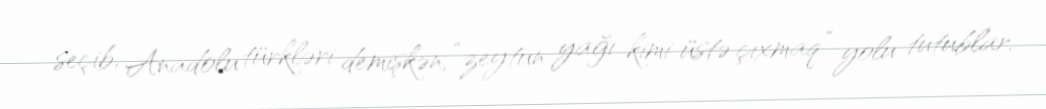
seçib, Anadolu türkləri demişkən, “zeytun yağı kimi üstə çıxmaq” yolu tutublar.